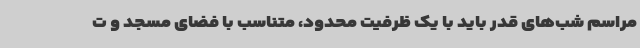
مراسم‌ شب‌های قدر باید با یک ظرفیت محدود، متناسب با فضای مسجد و ت